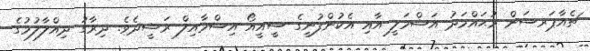
ޗެއާޕަރސަން މުޙައްމަދު އަޝްމަލީ އާއި އެކުންފުނީގެ ސީއީއޯ އިސްމާއިލް ރަޝީދެވެ. ދިރާގު ދިއްލާލުމުގެ